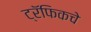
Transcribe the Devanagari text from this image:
ट्रॅफिकचे